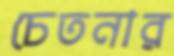
চেতনার